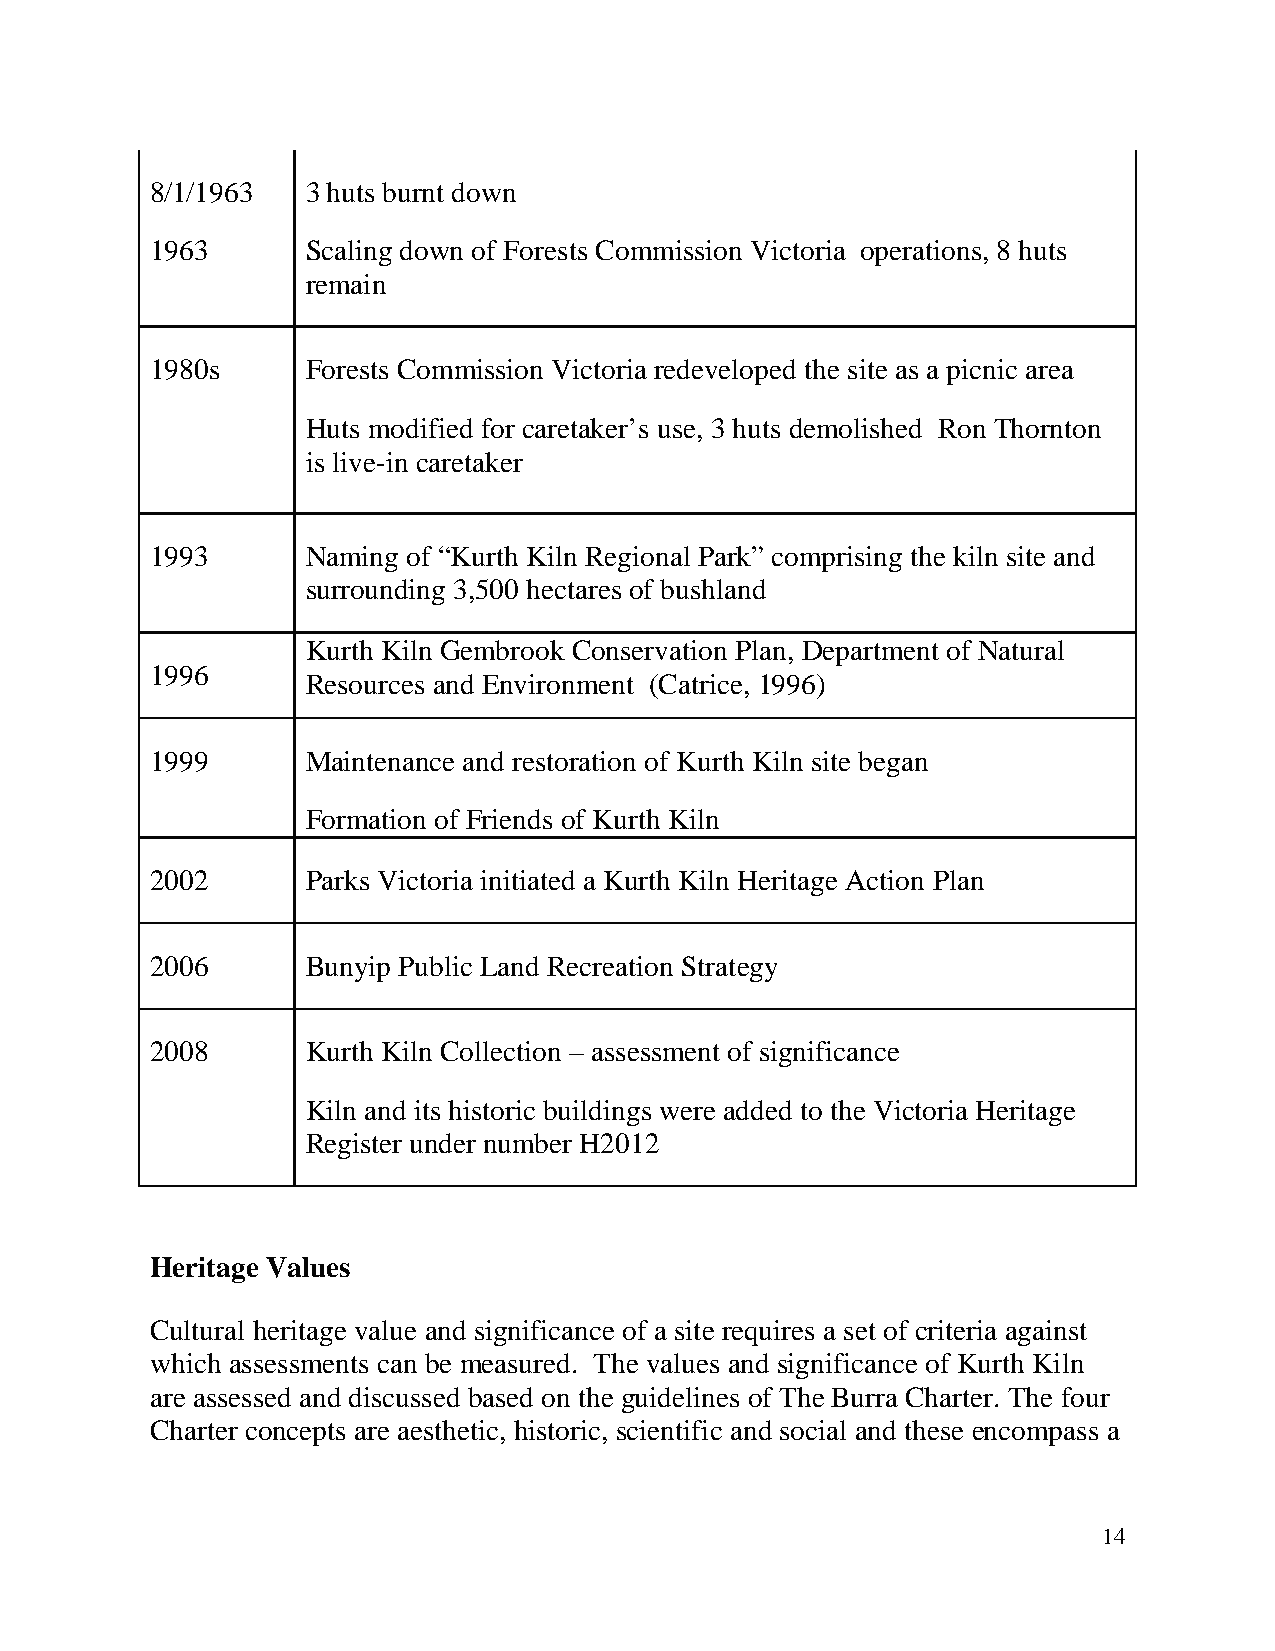
8/1/1963  3 huts burnt down
 1963      Scaling down of Forests Commission Victoria operations, 8 huts
 remain
 1980s     Forests Commission Victoria redeveloped the site as a picnic area
 Huts modified for caretaker’s use, 3 huts demolished Ron Thornton
 is live-in caretaker
 1993      Naming of “Kurth Kiln Regional Park” comprising the kiln site and
 surrounding 3,500 hectares of bushland
 Kurth Kiln Gembrook Conservation Plan, Department of Natural
 1996
 Resources and Environment (Catrice, 1996)
 1999      Maintenance and restoration of Kurth Kiln site began
 Formation of Friends of Kurth Kiln
 2002      Parks Victoria initiated a Kurth Kiln Heritage Action Plan
 2006      Bunyip Public Land Recreation Strategy
 2008      Kurth Kiln Collection – assessment of significance
 Kiln and its historic buildings were added to the Victoria Heritage
 Register under number H2012
 Heritage Values
 Cultural heritage value and significance of a site requires a set of criteria against
 which assessments can be measured. The values and significance of Kurth Kiln
 are assessed and discussed based on the guidelines of The Burra Charter. The four
 Charter concepts are aesthetic, historic, scientific and social and these encompass a
 14